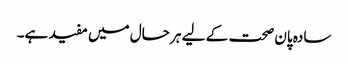
سادہ پان صحت کے لیے ہر حال میں مفید ہے۔